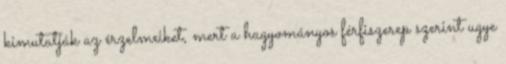
kimutatják az érzelmeiket, mert a hagyományos férfiszerep szerint ugye